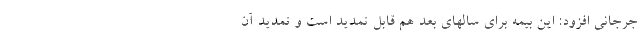
جرجانی افزود: این بیمه برای سالهای بعد هم قابل تمدید است و تمدید آن